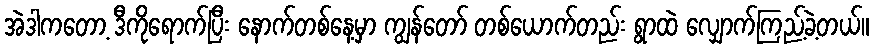
အဲဒါကတော့ ဒီကိုရောက်ပြီး နောက်တစ်နေ့မှာ ကျွန်တော် တစ်ယောက်တည်း ရွာထဲ လျှောက်ကြည့်ခဲ့တယ်။